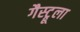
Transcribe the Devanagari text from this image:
गैस्ट्रूला